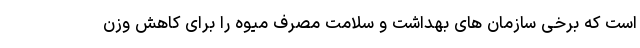
است که برخی سازمان های بهداشت و سلامت مصرف میوه را برای کاهش وزن